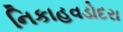
નિકાહવડોદરા